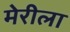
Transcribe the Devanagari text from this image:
मेरीला